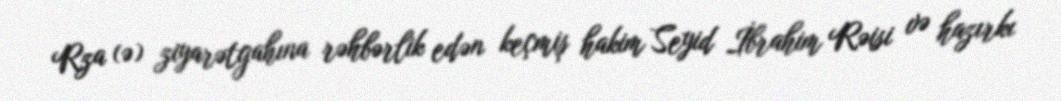
Rza (ə) ziyarətgahına rəhbərlik edən keçmiş hakim Seyid İbrahim Rəisi və hazırkı